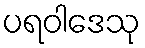
ပရဝါဒေသု